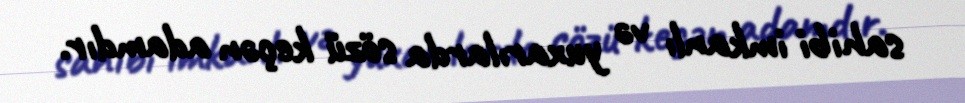
sahibi imkanlı və yuxarılarda sözü keçən adamdır.